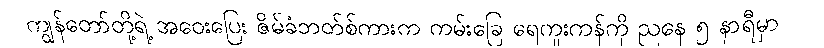
ကျွန်တော်တို့ရဲ့ အဝေးပြေး ဇိမ်ခံဘတ်စ်ကားက ကမ်းခြေ ရေကူးကန်ကို ညနေ ၅ နာရီမှာ